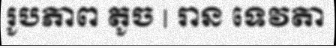
រូបភាព តូច | រាន ទេវតា